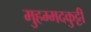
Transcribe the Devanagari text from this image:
मुहम्मदकुट्टी